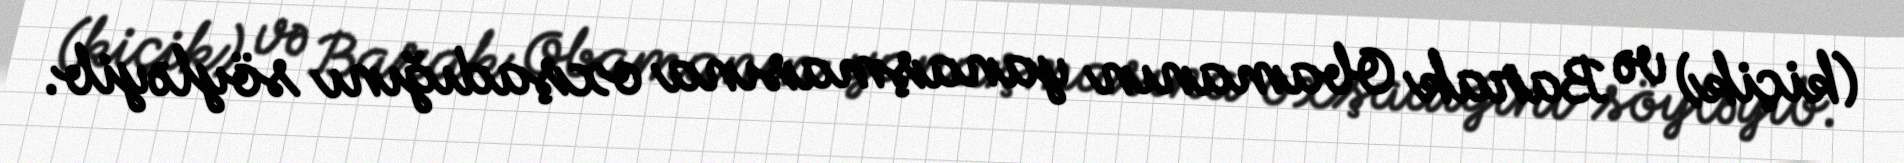
(kiçik) və Barak Obamanın yanaşmasına oxşadığını söyləyib.